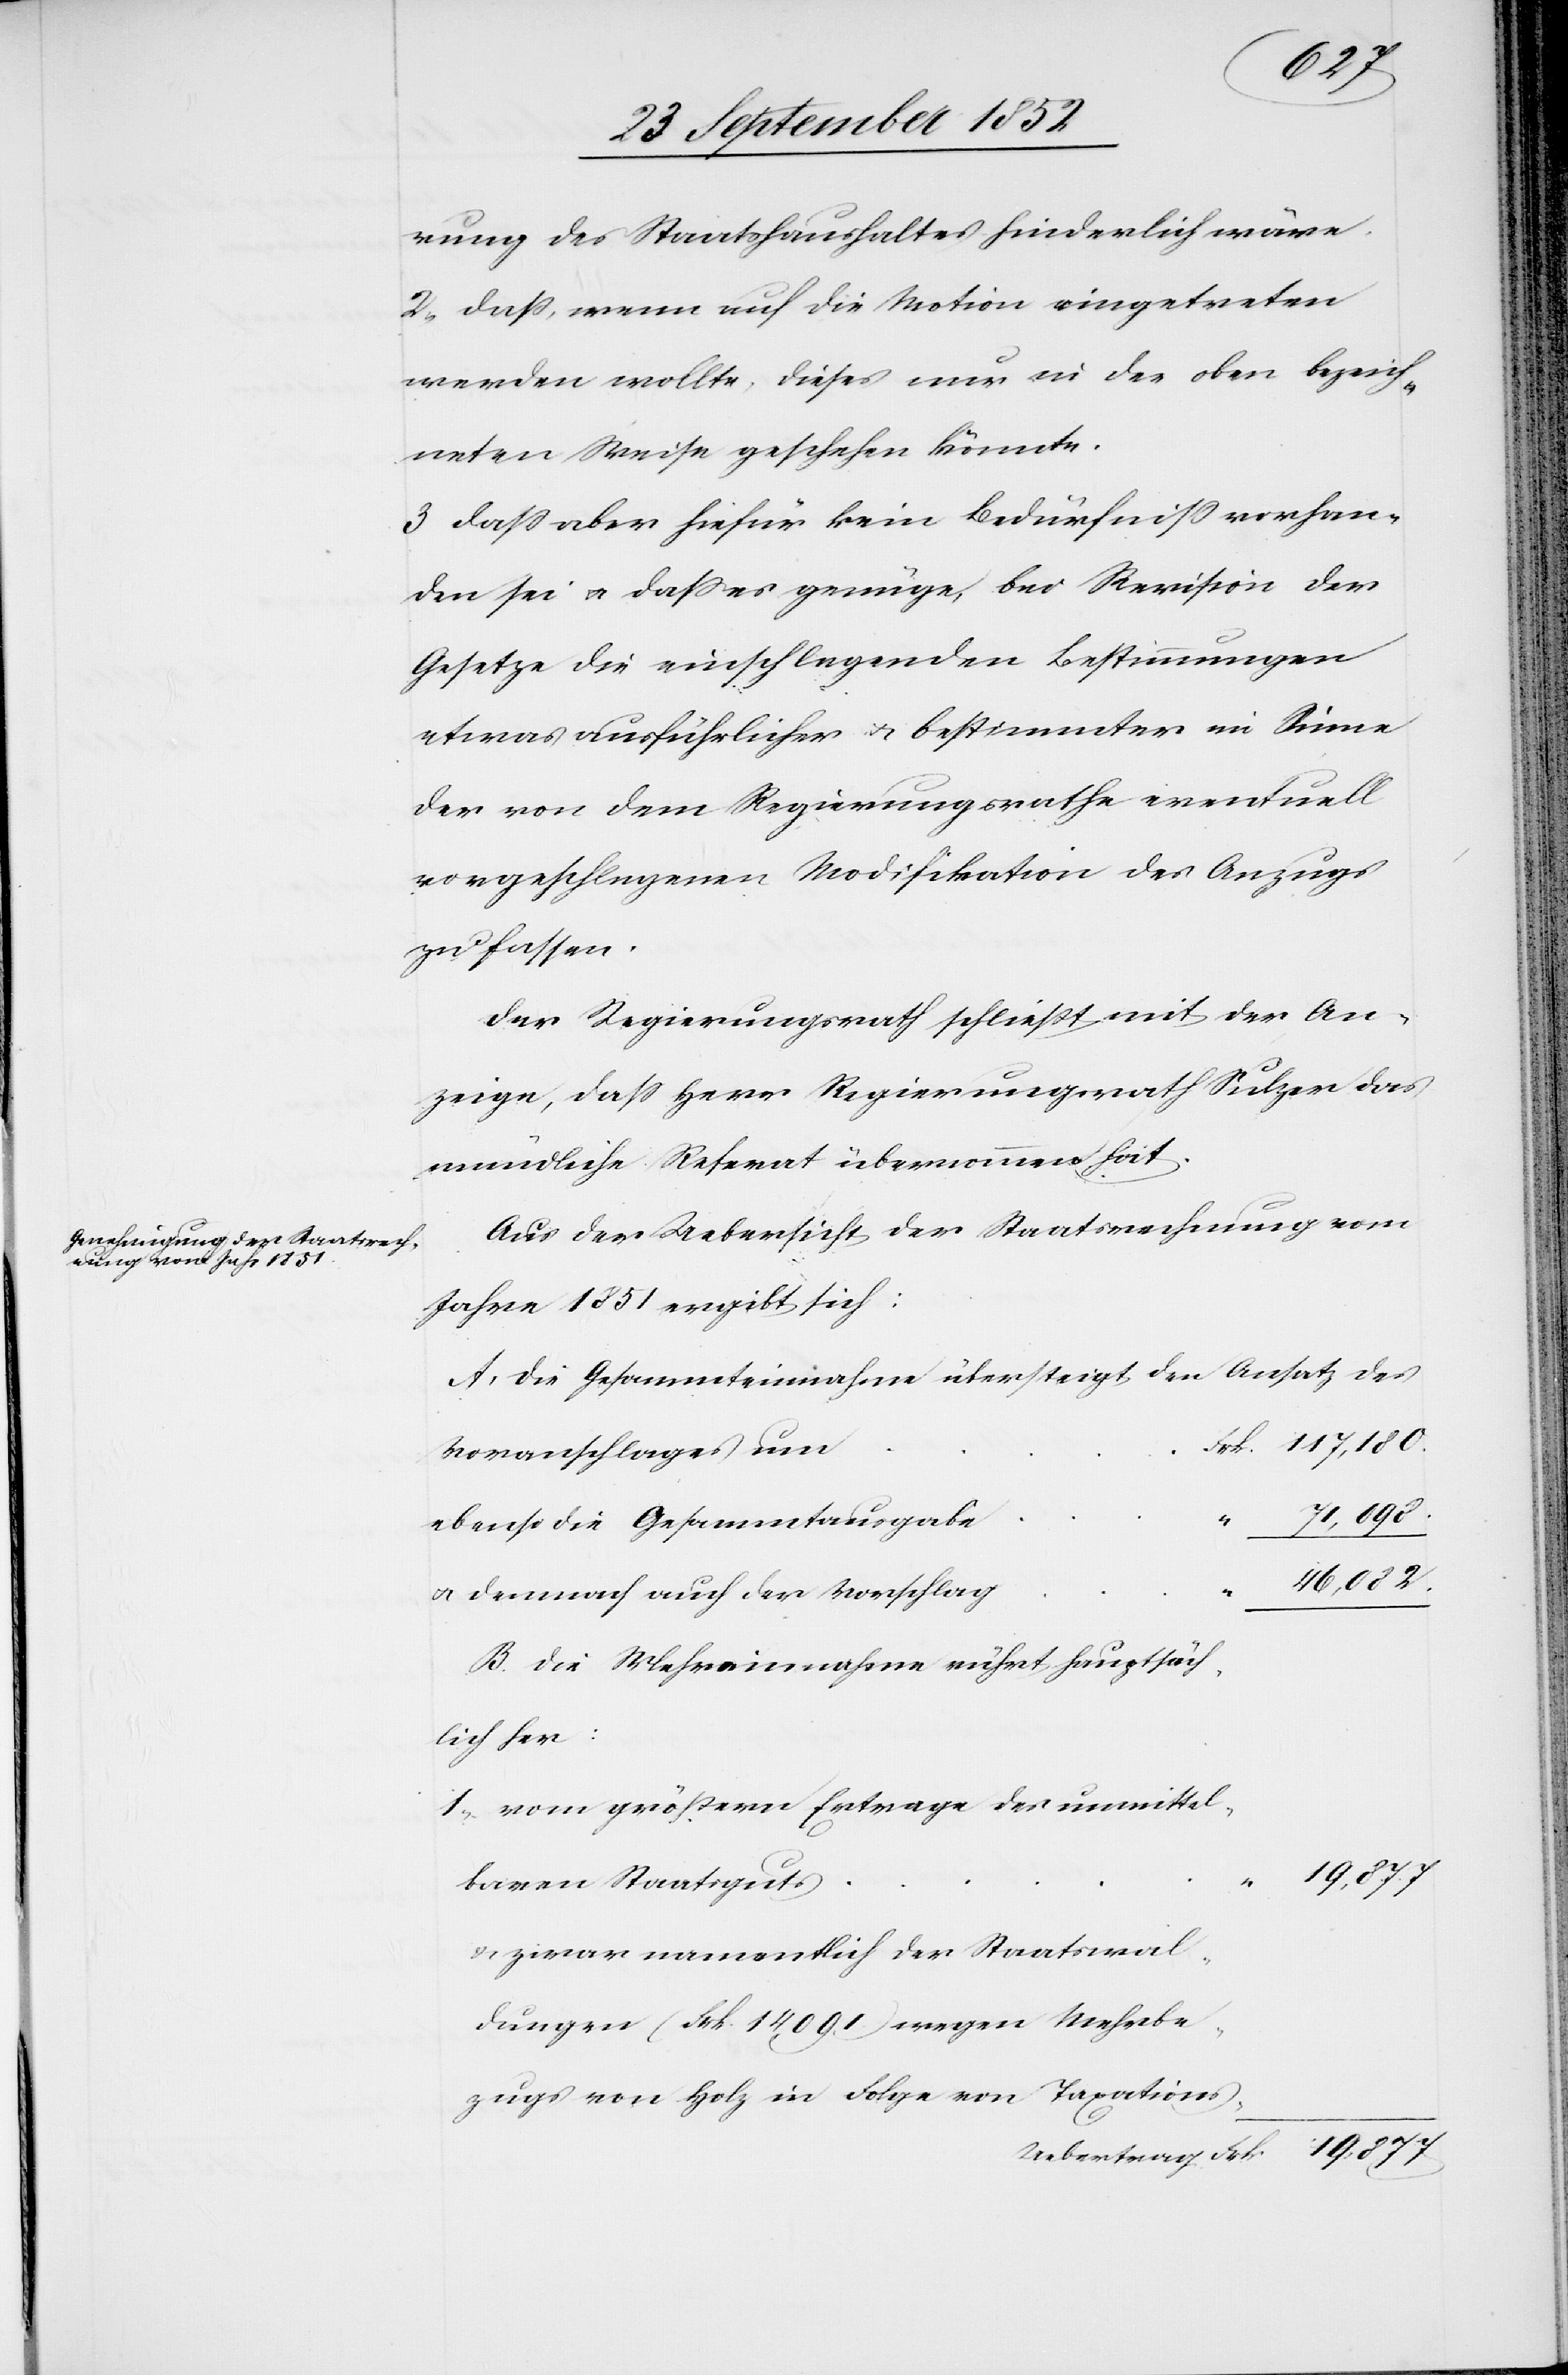
rung des Staatshaushaltes hinderlich wäre.
2, daß, wenn auf die Motion eingetreten
werden wollte, dieses nur in der oben bezeich¬
neten Weise geschehen könnte.
3 dass aber hiefür kein Bedürfniss vorhan¬
den sei & dass es genüge, bei Revision der
Gesetze die einschlagenden Bestimmungen
etwas ausführlicher & bestimmter im Sinne
der von dem Regierungsrathe eventuell
vorgeschlagenen Modifikation des Anzugs
zu fassen.
Der Regierungsrath schließt mit der An¬
zeige, dass Herr Regierungsrath Sulzer das
mündliche Referat übernommen hat.
Aus der Uebersicht der Staatsrechnung vom
Jahre 1851 ergibt sich:
Die Gesammteinnahme übersteigt den Ansatz des
Frk. 117,180.
Voranschlages um
19,877
ebenso die Gesammtausgabe
46,082.
& demnach auch der Vorschlag
Die Mehreinnahme rührt hauptsäch¬
lich her:
vom größern Ertrage des unmittel¬
“ 19,877
baren Staatsguts
& zwar namentlich der Staatswal¬
dungen (Frk. 14 091.) wegen Mehrbe¬
zugs von Holz in Folge von Taxations-